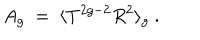
LaTeX: A _ { g } ~ = ~ \langle T ^ { 2 g - 2 } R ^ { 2 } \rangle _ { g } { } ~ .